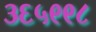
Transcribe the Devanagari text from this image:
३६५९९८